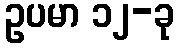
ဥပမာ ၁၂-ခု